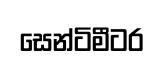
සෙන්ටිමීටර